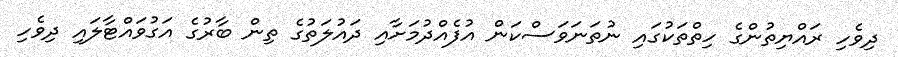
ދިވެހި ރައްޔިތުންގެ ހިތްތަކުގައި ނުތަނަވަސްކަން އުފެއްދުމަށާއި ދައުލަތުގެ ތިން ބާރުގެ އަގުވައްޓާލައި ދިވެހި